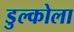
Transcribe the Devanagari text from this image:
डुल्कोला